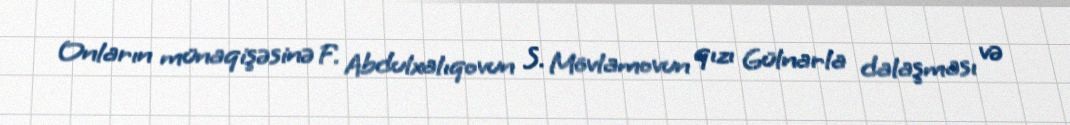
Onların münaqişəsinə F. Abdulxalıqovun S. Mövlamovun qızı Gülnarla dalaşması və